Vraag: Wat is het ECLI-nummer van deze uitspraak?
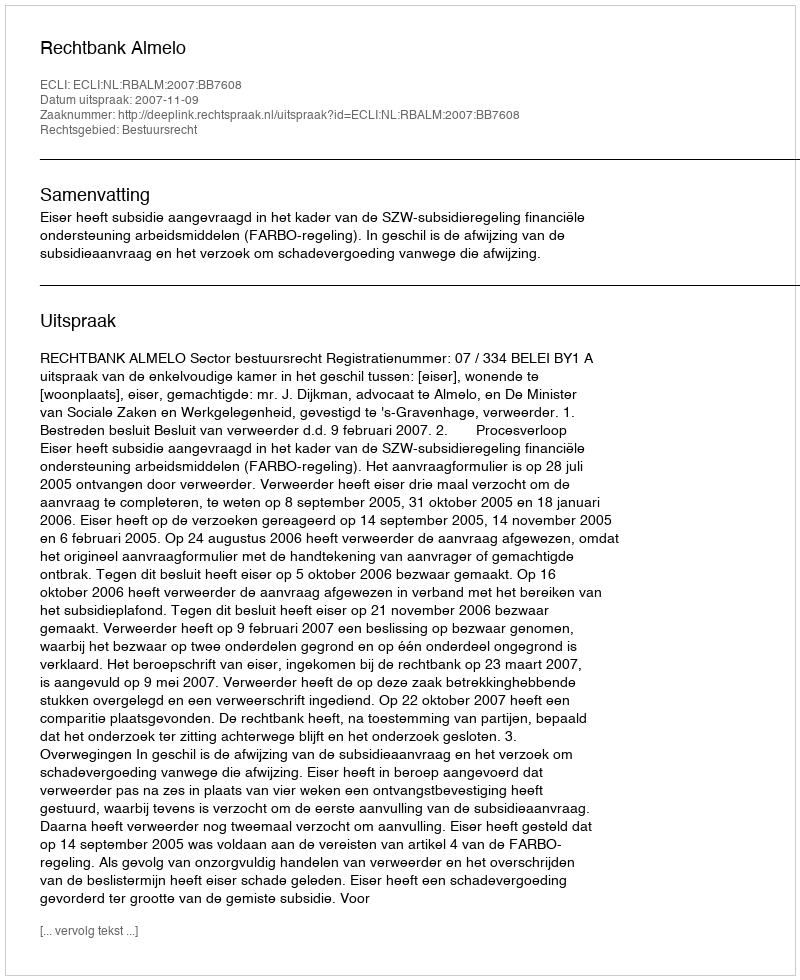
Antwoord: ECLI:NL:RBALM:2007:BB7608